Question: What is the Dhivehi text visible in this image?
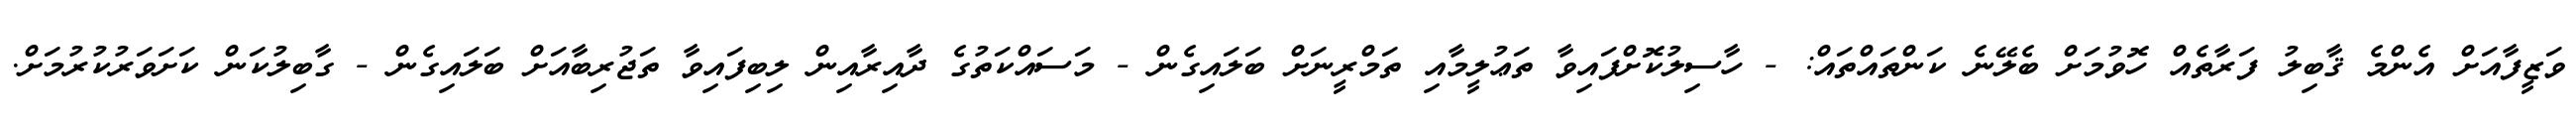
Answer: ވަޒީފާއަށް އެންމެ ޤާބިލު ފަރާތެއް ހޮވުމަށް ބެލޭނެ ކަންތައްތައް: - ހާސިލުކޮށްފައިވާ ތަޢުލީމާއި ތަމްރީނަށް ބަލައިގެން - މަސައްކަތުގެ ދާއިރާއިން ލިބިފައިވާ ތަޖުރިބާއަށް ބަލައިގެން - ގާބިލުކަން ކަށަވަރުކުރުމަށް.